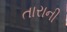
તારાની